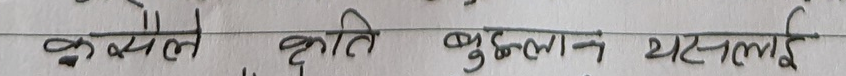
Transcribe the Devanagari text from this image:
क्योले कृति बुढलाग यसलाई